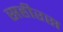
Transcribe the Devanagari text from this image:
सहीरस